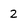
Character: 2